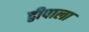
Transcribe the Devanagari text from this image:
द्वीपाला